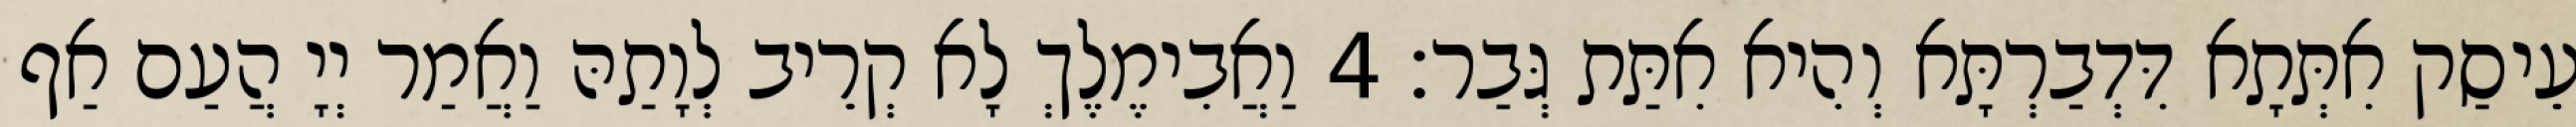
עֵיסַק אִתְּתָא דִּדְבַרְתָּא וְהִיא אִתַּת גְּבַר׃ 4 וַאֲבִימֶלֶךְ לָא קְרֵיב לְוָתַהּ וַאֲמַר יְיָ הֲעַם אַף